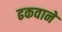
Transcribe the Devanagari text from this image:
ढकवाने